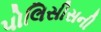
પોલિસીસની